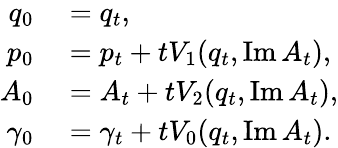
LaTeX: \begin{array}{rl}{q_{0}}&{{}=q_{t},}\\ {p_{0}}&{{}=p_{t}+tV_{1}(q_{t},\operatorname{Im}A_{t}),}\\ {A_{0}}&{{}=A_{t}+tV_{2}(q_{t},\operatorname{Im}A_{t}),}\\ {\gamma_{0}}&{{}=\gamma_{t}+tV_{0}(q_{t},\operatorname{Im}A_{t}).}\end{array}